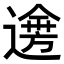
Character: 𨗌